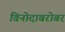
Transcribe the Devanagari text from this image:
विनोदाबरोबर